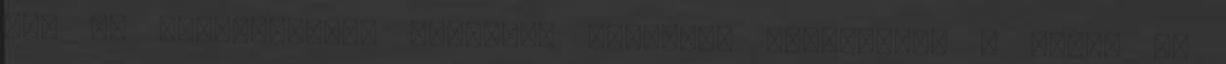
éve az ipamentesség mellett. Sokaknak felcsillan a szeme az